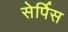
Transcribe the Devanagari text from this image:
सेर्पिस